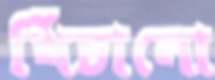
খিঁচানো